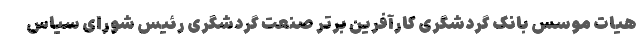
هیات موسس بانک گردشگری کارآفرین برتر صنعت گردشگری رئیس شورای سیاس